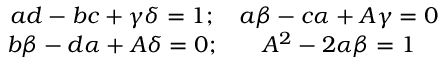
\begin{array} { c c } { { a d - b c + \gamma \delta = 1 ; } } & { { a \beta - c \alpha + A \gamma = 0 } } \\ { { b \beta - d \alpha + A \delta = 0 ; } } & { { A ^ { 2 } - 2 \alpha \beta = 1 } } \end{array}